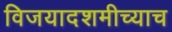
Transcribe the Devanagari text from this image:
विजयादशमीच्याच